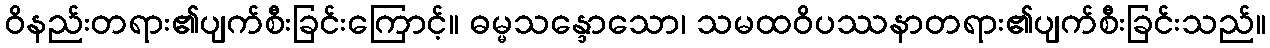
ဝိနည်းတရား၏ပျက်စီးခြင်းကြောင့်။ ဓမ္မသန္ဒောသော၊ သမထဝိပဿနာတရား၏ပျက်စီးခြင်းသည်။